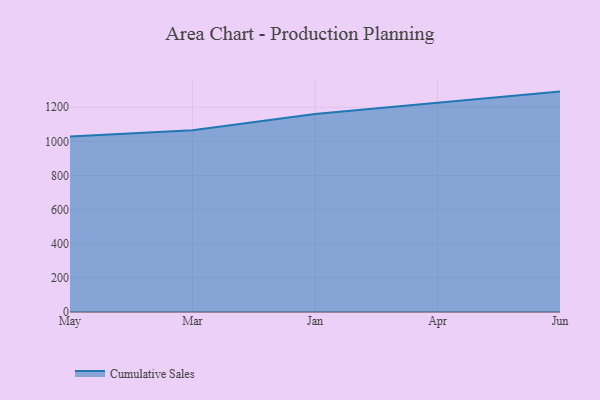
{"axis": {"x": "Month", "y": "Operating Costs (USD K)"}, "legend": ["Cumulative Sales"], "data": [{"x": "May", "y": 1028.2, "type": "Cumulative Sales"}, {"x": "Mar", "y": 1065.8, "type": "Cumulative Sales"}, {"x": "Jan", "y": 1160.6, "type": "Cumulative Sales"}, {"x": "Apr", "y": 1224.5, "type": "Cumulative Sales"}, {"x": "Jun", "y": 1291.8, "type": "Cumulative Sales"}]}